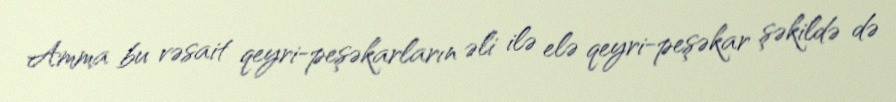
Amma bu vəsait qeyri-peşəkarların əli ilə elə qeyri-peşəkar şəkildə də